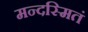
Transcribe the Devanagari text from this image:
मन्दस्मितं